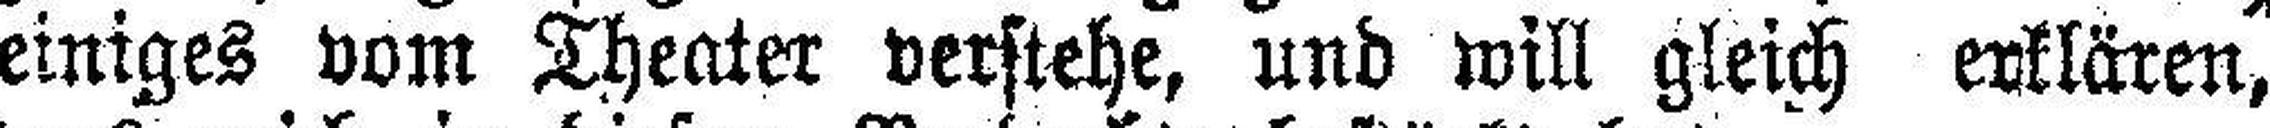
einiges vom Theater verstehe, und will gleich erklären,